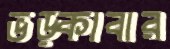
ভড়্‌কাবার